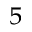
_ 5